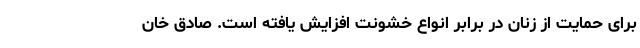
برای حمایت از زنان در برابر انواع خشونت افزایش یافته است. صادق خان